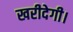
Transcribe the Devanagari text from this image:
खरीदेगी।